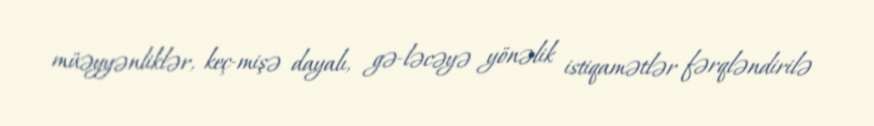
müəyyənliklər, keç­mişə dayalı, gə­ləcəyə yönəlik istiqamətlər fərqləndirilə